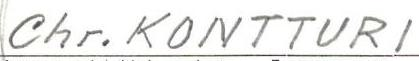
Chr. KONTTURI